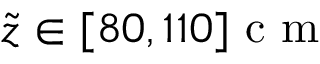
\tilde { z } \in [ 8 0 , 1 1 0 ] \mathrm { ~ c ~ m ~ }